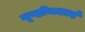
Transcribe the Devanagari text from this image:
मूव्हीजमध्ये